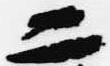
二